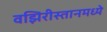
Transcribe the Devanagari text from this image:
वझिरीस्तानमध्ये